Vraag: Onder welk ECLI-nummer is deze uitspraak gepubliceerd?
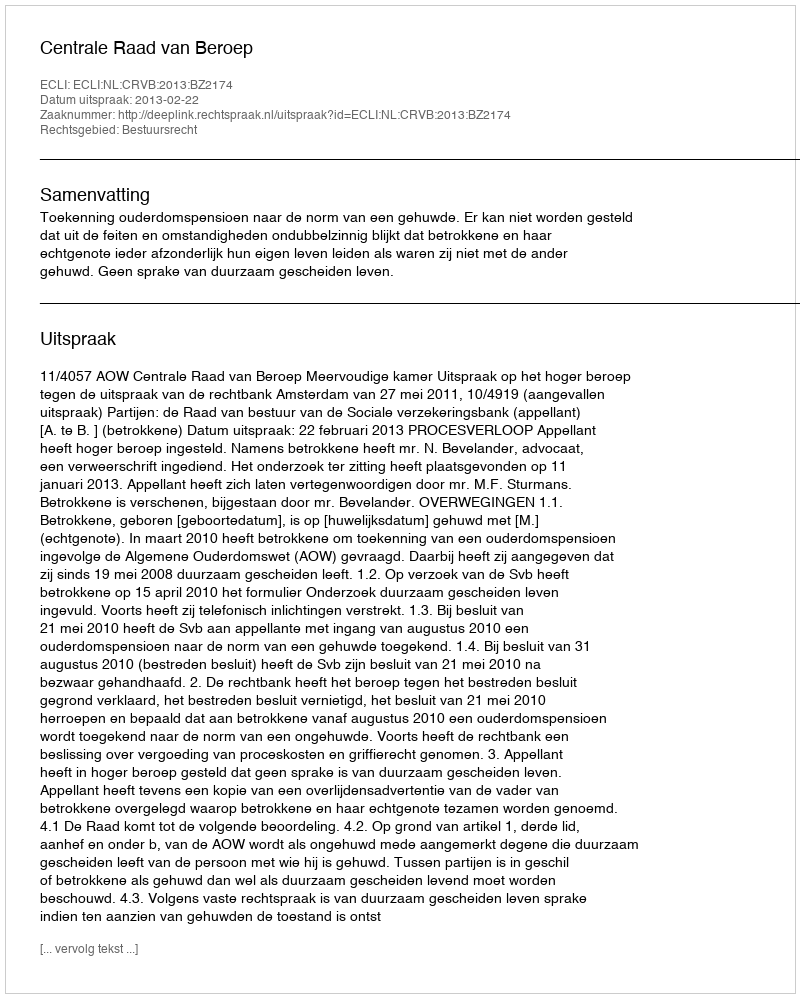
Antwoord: ECLI:NL:CRVB:2013:BZ2174